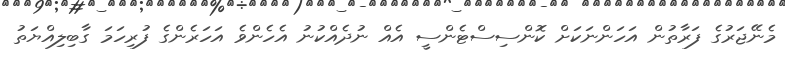
މެނޭޖަރުގެ ފަރާތުން އަހަންނަކަށް ކޮންސިސްޓެންސީ އެއް ނުދެއްކުނު އެހެންވެ އަހަރެންގެ ފުރިހަމަ ގާބިލިއްޔަތު